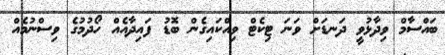
ބައްސާމް ވިދާޅުވީ ދަނޑަށް ވަނަ ޓިކެޓް ވިއްކައިގެން ބޮޑު ފައިދާއެއް ހޯދުމުގެ ވިސްނުމެއް